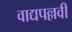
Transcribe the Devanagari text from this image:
वाद्यपल्लवी